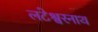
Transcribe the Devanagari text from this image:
लटेश्वरनाथ